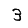
Digit: 3